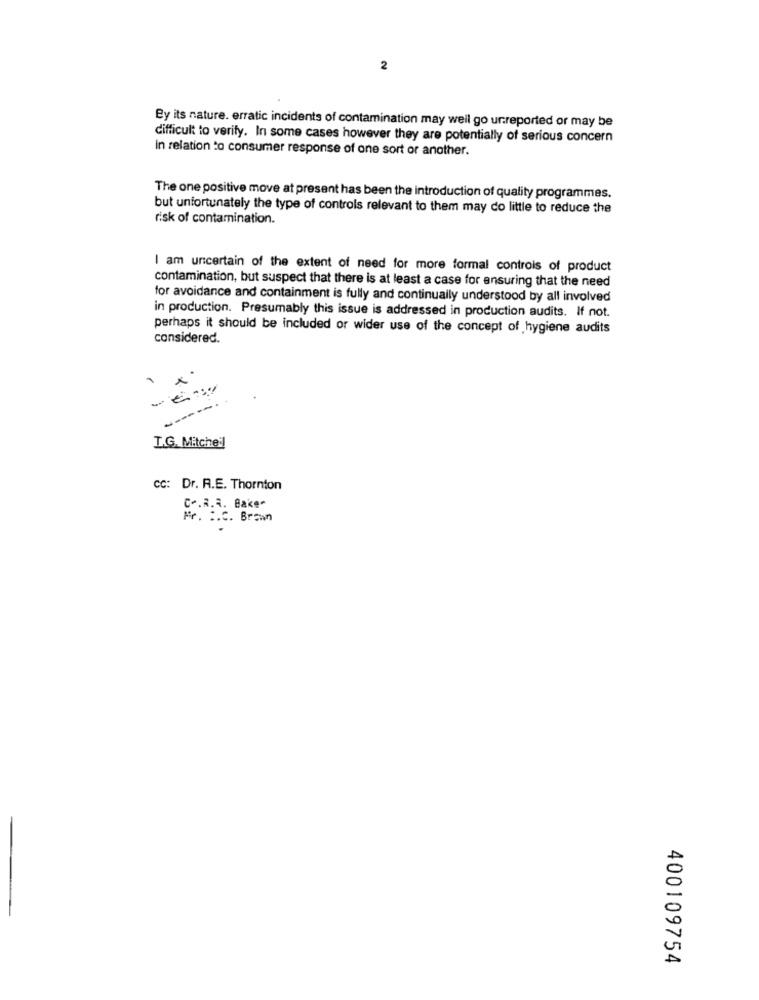
2
By its nature. erratic incidents of contamination may weil go unreported or may be
difficult to verify. In some cases however they are potentially of serious concern
In relation to consumer response of one sort or another.
The one positive move at present has been the introduction of quality programmes.
but unfortunately the type of controls relevant to them may do little to reduce the
risk of contamination.
I am uncertain of the extent of need for more formal controis of product
contamination, but suspect that there is at least a case for ensuring that the need
for avoidance and containment is fully and continually understood by all involved
in production. Presumably this issue is addressed in production audits. If not.
perhaps it should be included or wider use of the concept of hygiene audits
considered.
-----
L.G. Mitchell
CC: Dr. R.E. Thornton
C -. R.R. Bake-
Mr. :. C. Brown
400109754